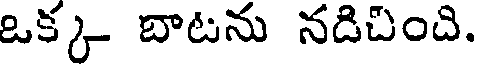
ఒక్క బాటను నడిచింది.